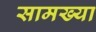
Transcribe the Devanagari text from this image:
सामख्या